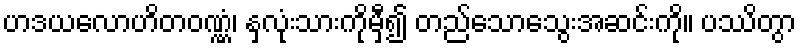
ဟဒယလောဟိတဝဏ္ဏံ၊ နှလုံးသားကိုမှီ၍ တည်သောသွေးအဆင်းကို။ ပဿိတွာ